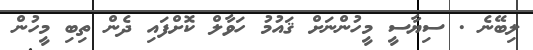
ލިބޭނެ . ސިޔާސީ މީހުންނަށް ޤައުމު ހަވާލް ކޮށްފައި ދެން ތިބި މީހުން